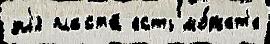
дл'я пласта́ есть мо́жет'е